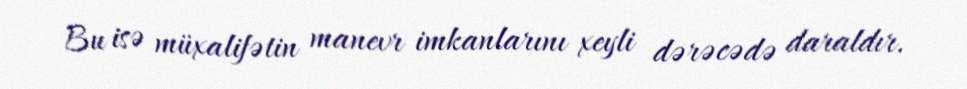
Bu isə müxalifətin manevr imkanlarını xeyli dərəcədə daraldır.